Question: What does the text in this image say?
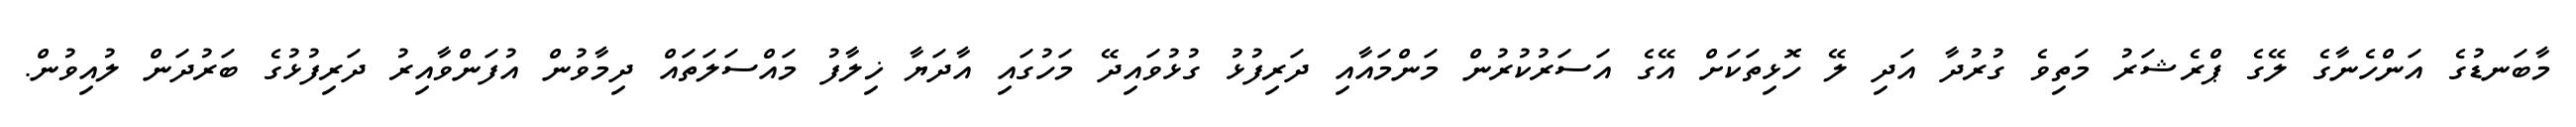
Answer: މާބަނޑުގެ އަންހެނާގެ ލޭގެ ޕްރެޝަރު މަތިވެ ގުރުދާ އަދި ލޭ ހޮޅިތަކަށް އޭގެ އަސަރުކުރުން މަންމައާއި ދަރިފުޅު ގުޅުވައިދޭ މަހުގައި އާދަޔާ ޚިލާފު މައްސަލަތައް ދިމާވުން އުފަންވާއިރު ދަރިފުޅުގެ ބަރުދަން ލުއިވުން.